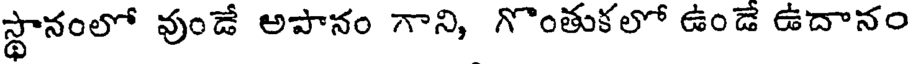
స్థానంలో వుండే అపానం గాని, గొంతుకలో ఉండే ఉదానం